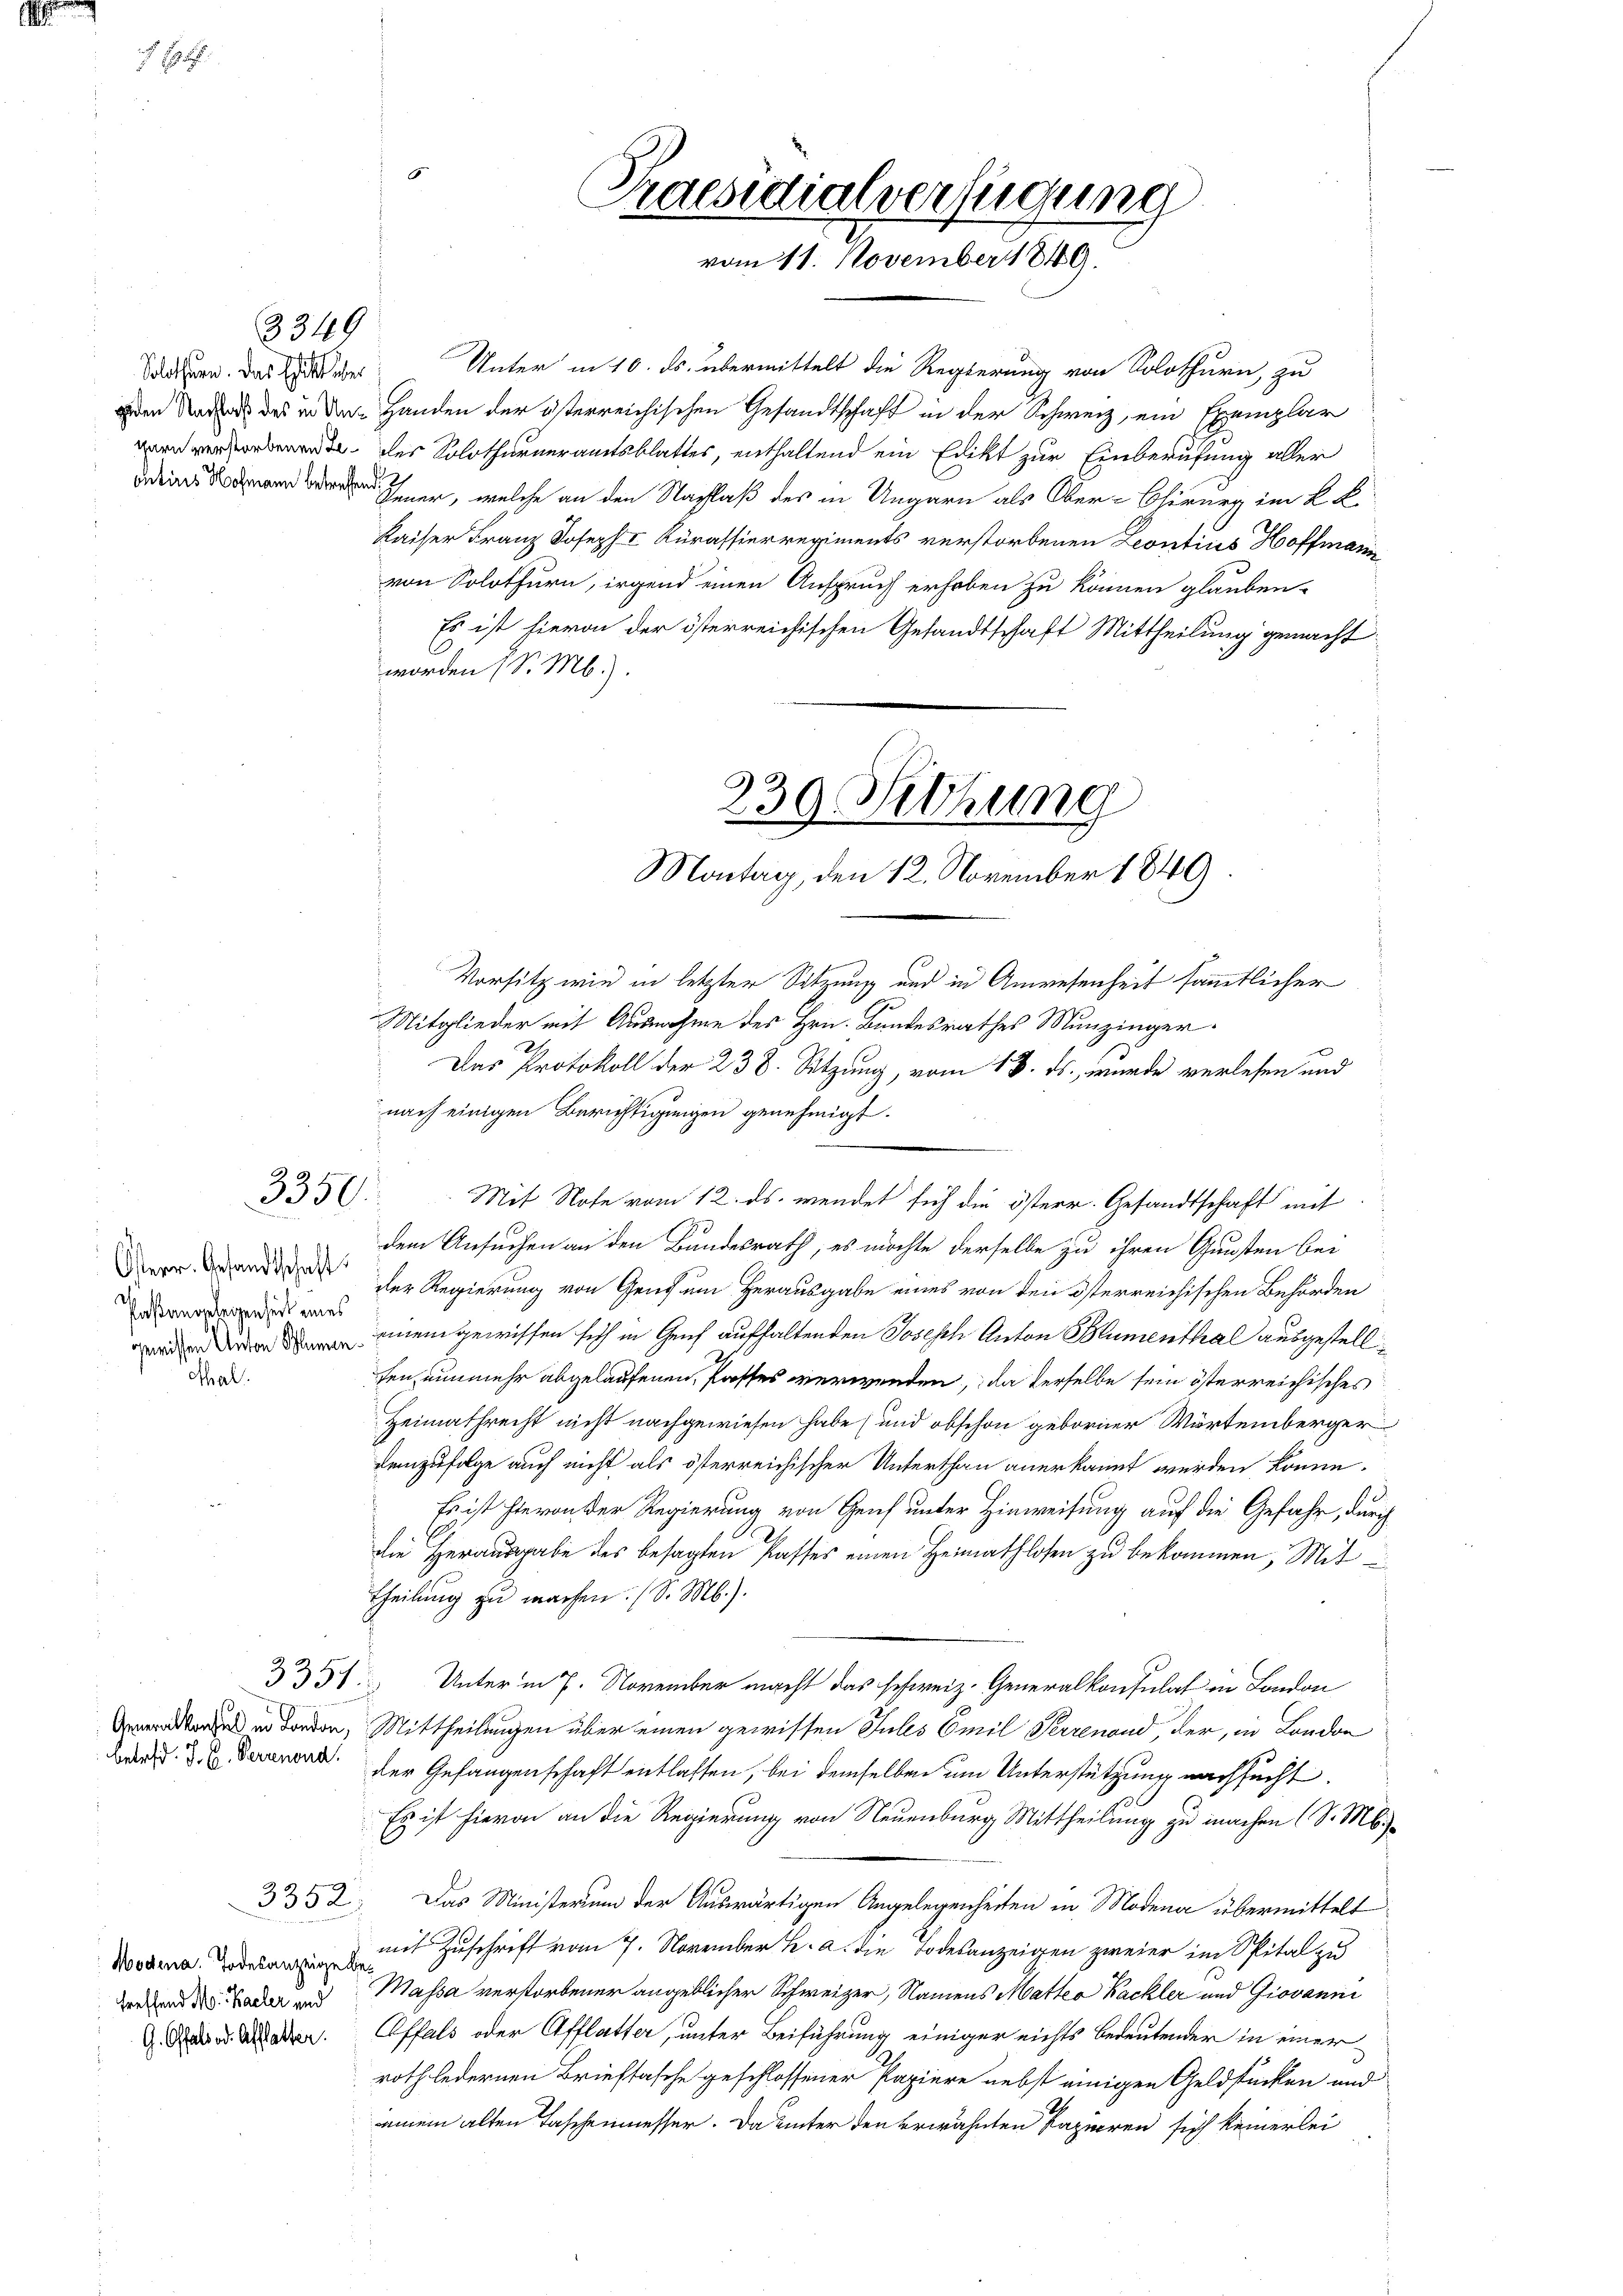
¬

Solothurn. Das Edits über

Mal.

3349

3350.

Osterr. Gesandtschaft
Paßangelegenheit eines

3351

3352

Unter in 10. ds. übermittelt die Regierung von Solothurn, zu
 Narr des in der Handen der österreichischen Gesandtschaft in der Schweiz, ein Exemplar
 des Solothurneramtsblattes, enthaltend ein Edikt zur Einberufung aller
ier, welche an den Nachlaß des in Ungarn als Ober-Chirurg im K. B.
Kaiser Franz Joseph I Kurassierregiments verstorbenen Leontius Hoffmann
von Solothurn, irgend einen Anspruch erhoben zu können glauben.
Es ist hievon der österreichischen Gesandtschaft Mittheilung gemacht
worden (S. M.).

Praesidialverfügung
vom 11. November 1849.

230. Sitzung
Montag, den 12. November 1849

Vorsitz wie in letzter Sitzung und in Anwesenheit sämmtlicher
Mitglieder mit Ausnahme des Hrn. Bundesrathes Munzinger
Das Protokoll der 238. Sitzung, vom 18. ds., wurde verlesen und
nach einigen Berichtigungen genehmigt.
.
Mit Note vom 12. ds. wendet sich die österr. Gesandtschaft mit
33
dem Ansuchen an den Bundesrath, es möchte derselbe zu ihren Gunsten bei
der Regierung von Gendam Herausgabe eines von den österreichischen Behörden
uneingewissen sich in Genf aufhaltenden Joseph Anton Blumenthal ausgestellfen nunmehr abgelaufenen, Passes verwenden, da derselbe sein österreichisches
Heimathrecht nicht nachgewiesen habe (und obschon geborner Wartemberger
demzufolge auch nicht als österreichischer Unterthan anerkannt werden könne.
Es ist hievon der Regierung von Genf unter Hinweisung auf die Gefahr, durch
die Herausgabe des besagten Passes einen Heimathlosen zu bekommen, Mit
Theilung zu machen. (S. M.).
Unter in 7. November macht das schweiz. Generalkonsulat in London
 orden, Mittheilungen über einen gewissen Jules Emil Perrenoud, der, in London
 war der Gefangenschaft entlassen, bei demselben um Unterstützung nachsucht.
Es ist hievon an die Regierung von Neuenburg Mittheilung zu machen (S. M.
Das Ministerium der Auswärtigen Angelegenheiten in Modena übermittelt
od mit Zuschrift vom 7. November h. a. die Todesanzeigen zweier im Spital zu
derend des Bader und Massa verstorbener angeblicher Schweizer, Namens Matter Backler und Giovanni
. Der Mater Offals oder Afflatter, unter Beiführung einiger nichts bedeutender in einer
roth ledernen Brieftasche geschlossener Papiere nebst einigen Geldstücken und
einem alten Taschenmesser. Da unter den erwähnten Papieren sich keinerlei